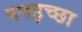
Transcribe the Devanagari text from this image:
पपइच्छा